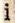
i